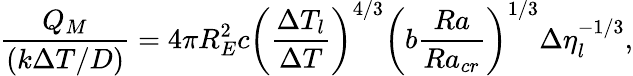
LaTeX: \frac{Q_{M}}{\left(k\Delta T/D\right)}=4\pi R_{E}^{2}c\left(\frac{\Delta T_{l}}{\Delta T}\right)^{4/3}\left(b\frac{Ra}{Ra_{cr}}\right)^{1/3}\Delta\eta_{l}^{-1/3},